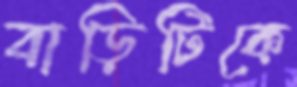
বাড়িটিকে